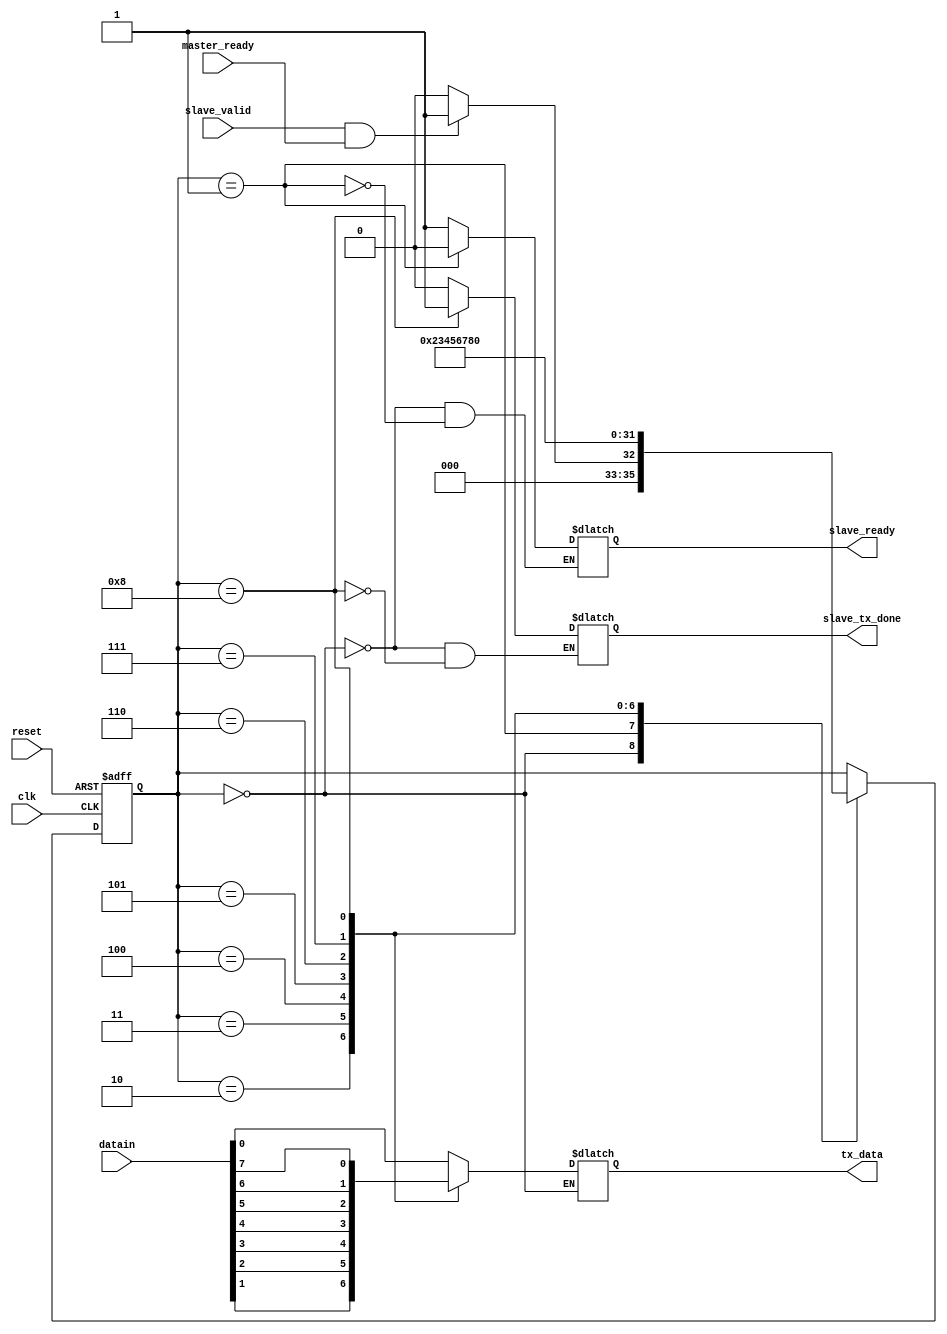
module slave_out_port (
	input clk, 
	input reset,
	input master_ready,
	input [7:0]datain,
	input slave_valid,
	output slave_ready,
	output slave_tx_done,
	output reg tx_data);

reg [3:0]data_state = 0;
reg data_idle;
reg data_done;
wire handshake = slave_valid & master_ready;

assign slave_ready = data_idle;
assign slave_tx_done = data_done;

parameter 
IDLE  = 0,
DATA1 = 1, 
DATA2 = 2, 
DATA3 = 3, 
DATA4 = 4,
DATA5 = 5, 
DATA6 = 6, 
DATA7 = 7, 
DATA8 = 8;

always @ (data_state) 
begin
	case (data_state)
	IDLE:
	begin
		data_idle = 1;
		data_done = 0;
	end
	DATA1:
	begin
		tx_data = datain[0];
		data_idle = 0;
	end
	DATA2:
		tx_data = datain[1];
	DATA3:
		tx_data = datain[2];
	DATA4:
		tx_data = datain[3];
	DATA5:
		tx_data = datain[4];
	DATA6:
		tx_data = datain[5];
	DATA7:
		tx_data = datain[6];
	DATA8:
	begin
		tx_data = datain[7];
		data_done = 1;
	end
	default:
		tx_data = datain[0];
	endcase
end

always @ (posedge clk or posedge reset) 
begin
	if (reset)
		data_state <= IDLE;
	else
		case (data_state)
			IDLE:
				if (handshake == 1)
					data_state <= DATA1;
				else
					data_state <= IDLE;
			DATA1:
				data_state <= DATA2;
			DATA2:
				data_state <= DATA3;
			DATA3:
				data_state <= DATA4;
			DATA4:
				data_state <= DATA5;
			DATA5:
				data_state <= DATA6;
			DATA6:
				data_state <= DATA7;
			DATA7:
				data_state <= DATA8;	
			DATA8:
				data_state <= IDLE;
		endcase
end

endmodule